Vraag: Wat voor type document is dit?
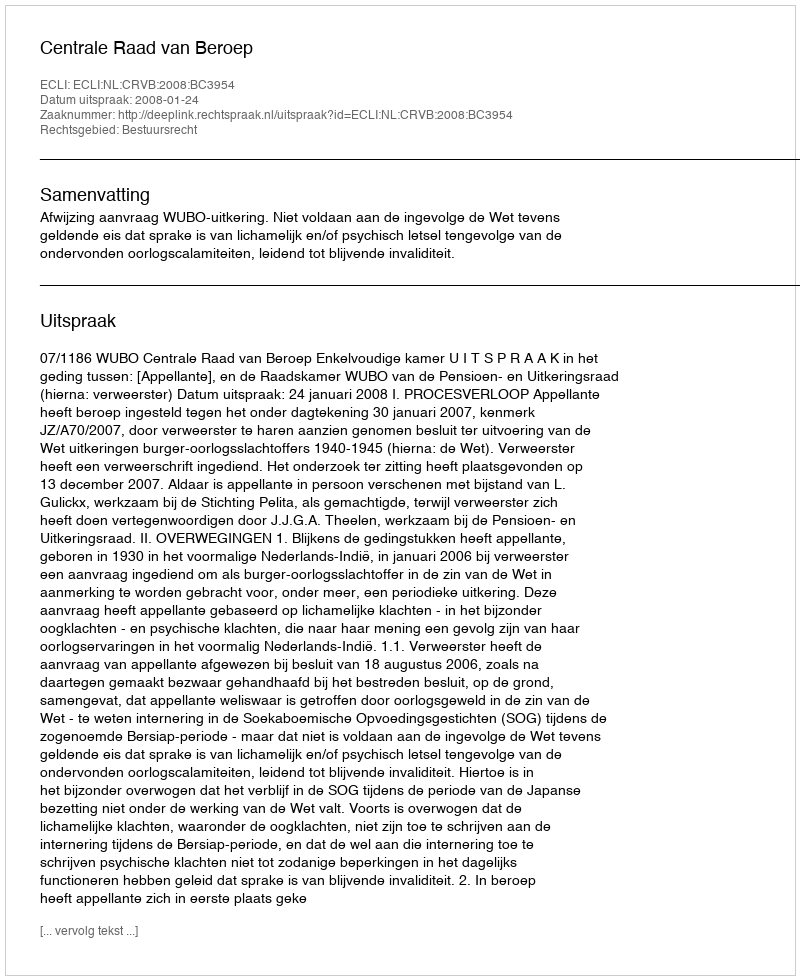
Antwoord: Uitspraak